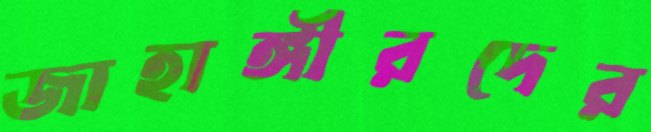
জাহাঙ্গীরদের